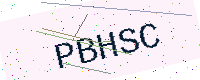
Text: PBHSC